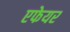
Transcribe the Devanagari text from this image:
एफेयर